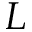
L